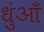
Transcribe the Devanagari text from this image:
धुंआँ